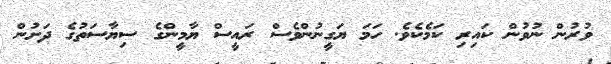
ވުރުން ނުވުން ކައިރި ކަމެކެވެ. ހަމަ ޔަގީނުންވެސް ރައީސް ޔާމީންގެ ސިޔާސަތުގެ ދަށުން